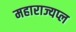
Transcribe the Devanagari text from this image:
महाराज्यप्ल